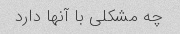
چه مشکلی با آنها دارد